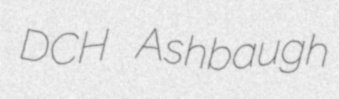
DCH Ashbaugh